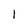
Character: 1